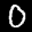
Label: 0